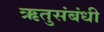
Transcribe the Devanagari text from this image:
ऋतुसंबंधी